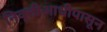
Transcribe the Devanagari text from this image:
निवृत्तीआधीपासून